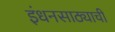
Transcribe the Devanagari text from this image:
इंधनसाठ्याची